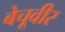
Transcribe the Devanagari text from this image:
बेचूवीर